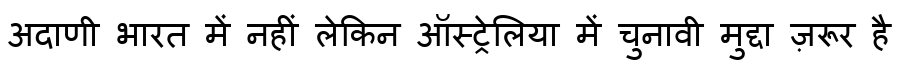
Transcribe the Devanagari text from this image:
अदाणी भारत में नहीं लेकिन ऑस्ट्रेलिया में चुनावी मुद्दा ज़रूर है